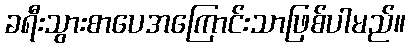
ခရီးသွားစာပေအကြောင်းသာဖြစ်ပါမည်။